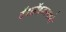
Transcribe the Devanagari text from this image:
टॅबलॉइडस्मध्ये